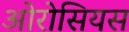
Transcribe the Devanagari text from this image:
ओरोसियस